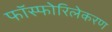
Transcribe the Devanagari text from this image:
फॉस्फोरिलेकरण